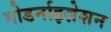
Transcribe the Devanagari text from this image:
मोडर्नाइज़ेशन